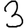
Digit: 3